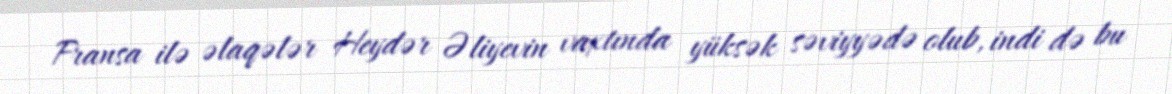
Fransa ilə əlaqələr Heydər Əliyevin vaxtında yüksək səviyyədə olub, indi də bu